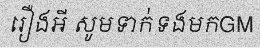
រឿងអី សូមទាក់ទងមកGM